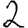
Digit: 2